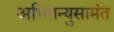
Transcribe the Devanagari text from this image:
अभिमन्युसामंत